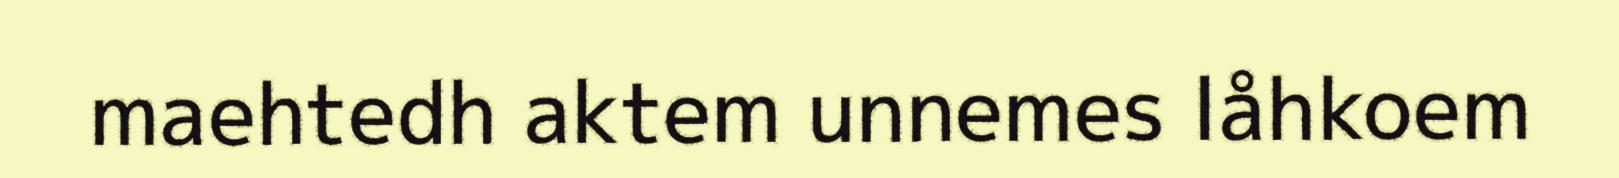
maehtedh aktem unnemes låhkoem